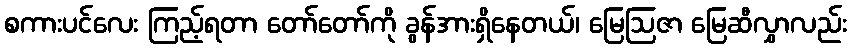
စကားပင်လေး ကြည့်ရတာ တော်တော်ကို ခွန်အားရှိနေတယ်၊ မြေဩဇာ မြေဆီလွှာလည်း